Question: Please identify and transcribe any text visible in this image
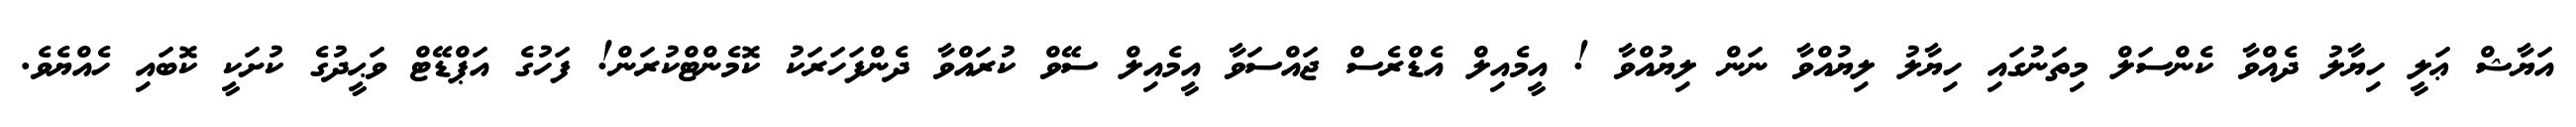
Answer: އަޔާޝް ޢަލީ ހިޔާލު ދެއްވާ ކެންސަލް މިތަނުގައި ހިޔާލު ލިޔުއްވާ ނަން ލިޔުއްވާ ! އީމެއިލް އެޑްރެސް ޖައްސަވާ އީމެއިލް ސޭވް ކުރައްވާ ދެންފަހަރަކު ކޮމެންޓްކުރަން! ފަހުގެ އަޕްޑޭޓް ވަޙީދުގެ ކުށަކީ ކޮބައި ހެއްޔެވެ.